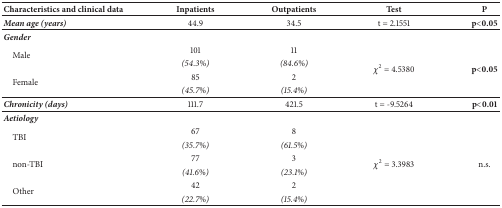
<table><thead><tr><td><b>Characteristics and clinical data</b></td><td><b>Inpatients</b></td><td><b>Outpatients</b></td><td><b>Test</b></td><td><b>P</b></td></tr></thead><tbody><tr><td><b><i>Mean age (years)</i></b></td><td>44.9</td><td>34.5</td><td>t = 2.1551</td><td><b>p&lt;0.05</b></td></tr><tr><td colspan="5"><b><i>Gender</i></b></td></tr><tr><td rowspan="2"> Male</td><td>101</td><td>11</td><td rowspan="4"><i>χ</i><sup>2</sup> = 4.5380</td><td rowspan="4"><b>p&lt;0.05</b></td></tr><tr><td><i>(54.3%)</i></td><td><i>(84.6%)</i></td></tr><tr><td rowspan="2"> Female</td><td>85</td><td>2</td></tr><tr><td><i>(45.7%)</i></td><td><i>(15.4%)</i></td></tr><tr><td><b><i>Chronicity (days)</i></b></td><td>111.7</td><td>421.5</td><td>t = -9.5264</td><td><b>p&lt;0.01</b></td></tr><tr><td colspan="5"><b><i>Aetiology</i></b></td></tr><tr><td rowspan="2"> TBI</td><td>67</td><td>8</td><td rowspan="6"><i>χ</i><sup>2</sup> = 3.3983</td><td rowspan="6">n.s.</td></tr><tr><td><i>(35.7%)</i></td><td><i>(61.5%)</i></td></tr><tr><td rowspan="2"> non-TBI</td><td>77</td><td>3</td></tr><tr><td><i>(41.6%)</i></td><td><i>(23.1%)</i></td></tr><tr><td rowspan="2"> Other</td><td>42</td><td>2</td></tr><tr><td><i>(22.7%)</i></td><td><i>(15.4%)</i></td></tr></tbody></table>